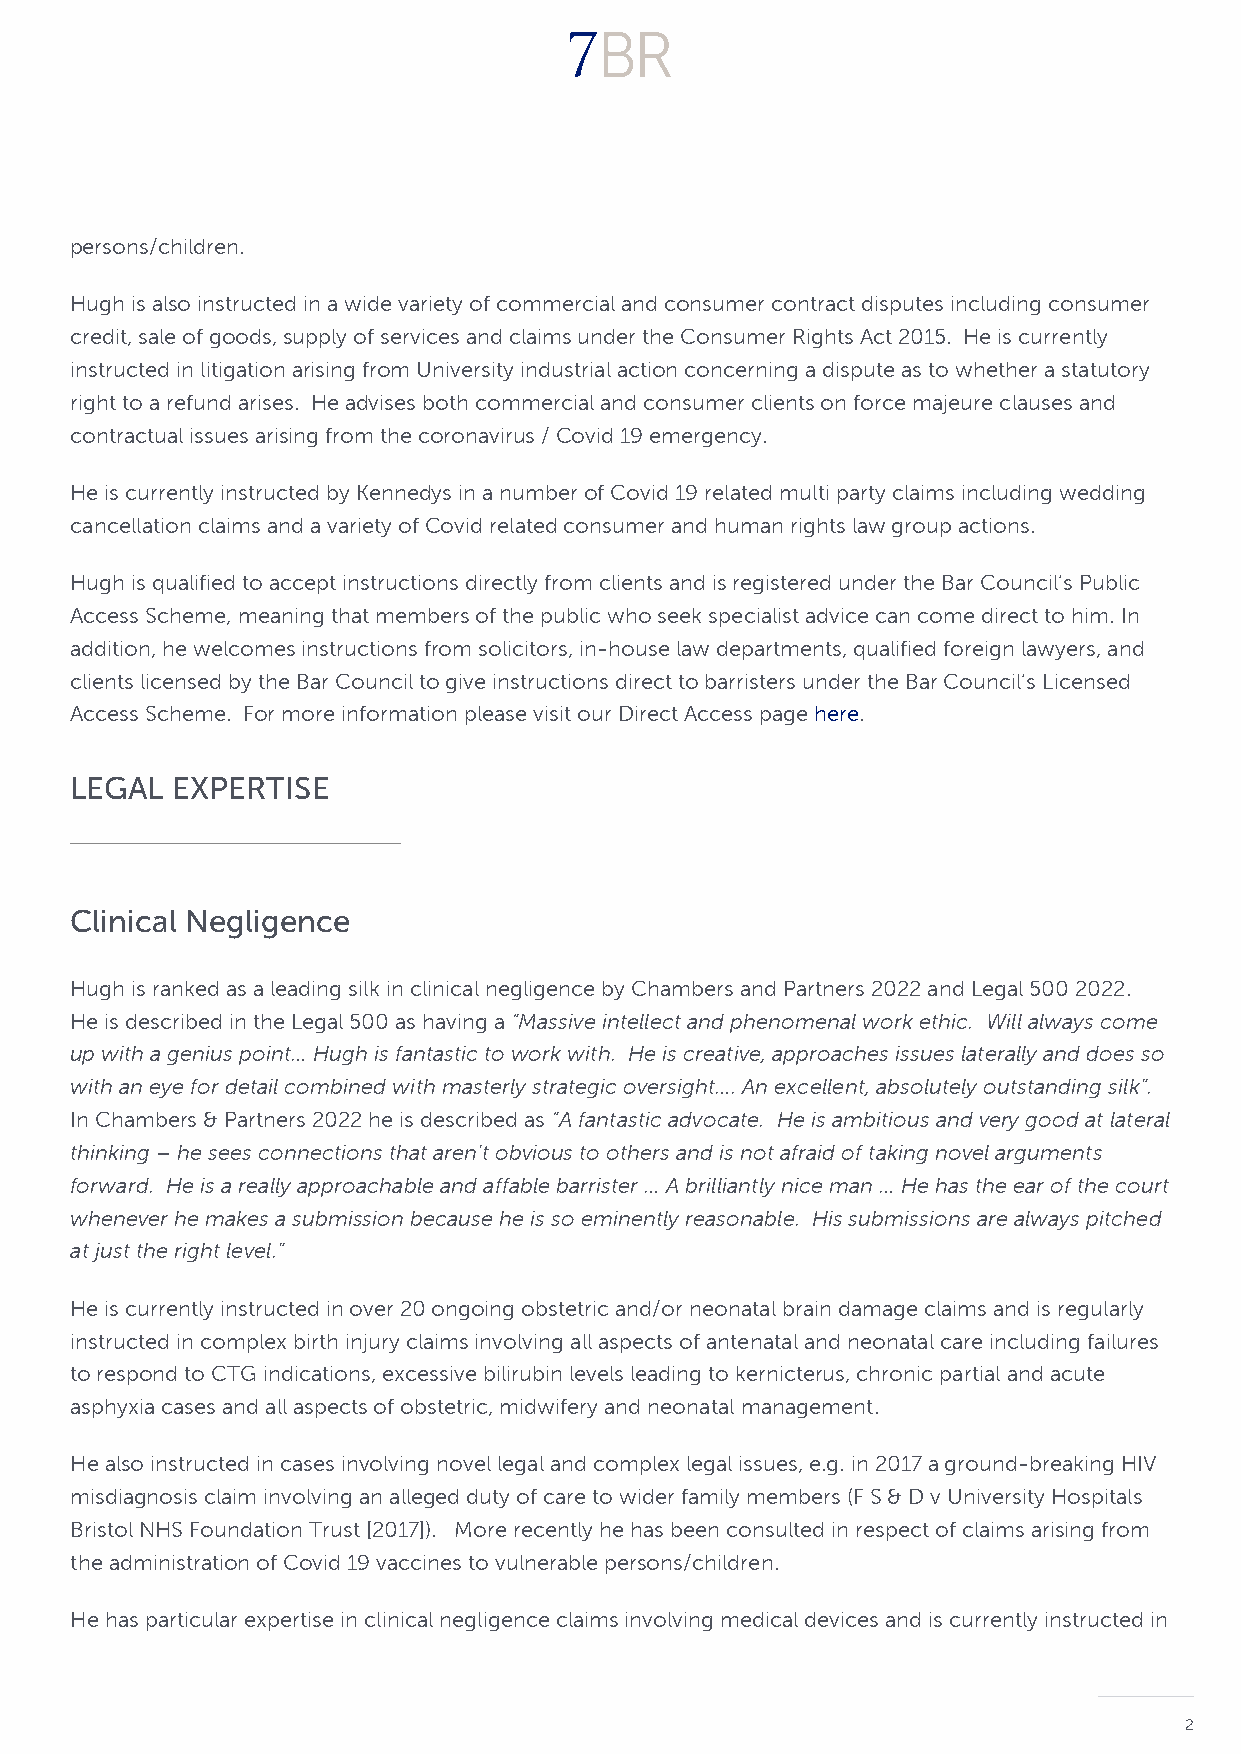
persons/children.
 Hugh is also instructed in a wide variety of commercial and consumer contract disputes including consumer
 credit, sale of goods, supply of services and claims under the Consumer Rights Act 2015. He is currently
 instructed in litigation arising from University industrial action concerning a dispute as to whether a statutory
 right to a refund arises. He advises both commercial and consumer clients on force majeure clauses and
 contractual issues arising from the coronavirus / Covid 19 emergency.
 He is currently instructed by Kennedys in a number of Covid 19 related multi party claims including wedding
 cancellation claims and a variety of Covid related consumer and human rights law group actions.
 Hugh is qualified to accept instructions directly from clients and is registered under the Bar Council’s Public
 Access Scheme, meaning that members of the public who seek specialist advice can come direct to him. In
 addition, he welcomes instructions from solicitors, in-house law departments, qualified foreign lawyers, and
 clients licensed by the Bar Council to give instructions direct to barristers under the Bar Council’s Licensed
 Access Scheme. For more information please visit our Direct Access page here.
 LEGAL EXPERTISE
 Clinical Negligence
 Hugh is ranked as a leading silk in clinical negligence by Chambers and Partners 2022 and Legal 500 2022.
 He is described in the Legal 500 as having a “Massive intellect and phenomenal work ethic. Will always come
 up with a genius point… Hugh is fantastic to work with. He is creative, approaches issues laterally and does so
 with an eye for detail combined with masterly strategic oversight…. An excellent, absolutely outstanding silk”.
 In Chambers & Partners 2022 he is described as “A fantastic advocate. He is ambitious and very good at lateral
 thinking – he sees connections that aren’t obvious to others and is not afraid of taking novel arguments
 forward. He is a really approachable and affable barrister … A brilliantly nice man … He has the ear of the court
 whenever he makes a submission because he is so eminently reasonable. His submissions are always pitched
 at just the right level.”
 He is currently instructed in over 20 ongoing obstetric and/or neonatal brain damage claims and is regularly
 instructed in complex birth injury claims involving all aspects of antenatal and neonatal care including failures
 to respond to CTG indications, excessive bilirubin levels leading to kernicterus, chronic partial and acute
 asphyxia cases and all aspects of obstetric, midwifery and neonatal management.
 He also instructed in cases involving novel legal and complex legal issues, e.g. in 2017 a ground-breaking HIV
 misdiagnosis claim involving an alleged duty of care to wider family members (F S & D v University Hospitals
 Bristol NHS Foundation Trust [2017]). More recently he has been consulted in respect of claims arising from
 the administration of Covid 19 vaccines to vulnerable persons/children.
 He has particular expertise in clinical negligence claims involving medical devices and is currently instructed in
 2